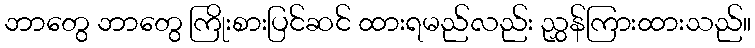
ဘာတွေ ဘာတွေ ကြိုးစားပြင်ဆင် ထားရမည်လည်း ညွှန်ကြားထားသည်။